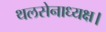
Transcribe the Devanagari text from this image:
थलसेनाध्यक्ष।